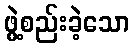
ဖွဲ့စည်းခဲ့သော